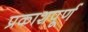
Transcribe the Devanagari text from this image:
प्रकाशपूर्ण